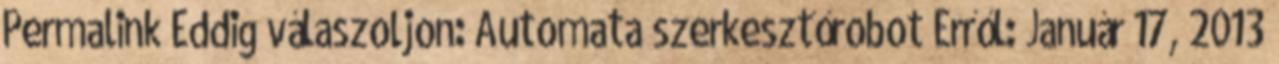
Permalink Eddig válaszoljon: Automata szerkesztőrobot Erről: Január 17, 2013